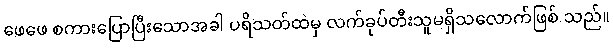
ဖေဖေ စကားပြောပြီးသောအခါ ပရိသတ်ထဲမှ လက်ခုပ်တီးသူမရှိသလောက်ဖြစ် သည်။